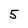
Character: 5